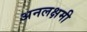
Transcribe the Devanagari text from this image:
अनलक्षमी